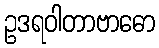
ဥဒရဝါတာဗာဓော